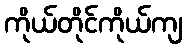
ကိုယ်တိုင်ကိုယ်ကျ